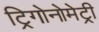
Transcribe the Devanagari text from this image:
ट्रिगोनोमेट्री